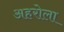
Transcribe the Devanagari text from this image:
अहरोला